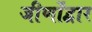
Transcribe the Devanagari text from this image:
जीर्णोंद्वार